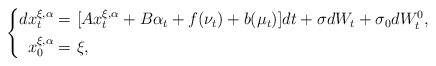
\begin{align*} \left\{ \begin{aligned}dx_t^{\xi,\alpha}=&~[Ax_t^{\xi,\alpha}+B\alpha_t+f(\nu_t)+b(\mu_t)]dt+\sigma dW_t+\sigma_0dW^0_t,\\ x_0^{\xi,\alpha}=&~\xi, \end{aligned} \right. \end{align*}